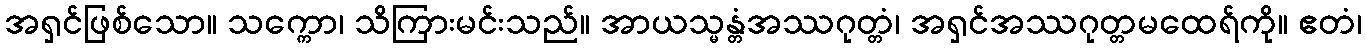
အရှင်ဖြစ်သော။ သက္ကော၊ သိကြားမင်းသည်။ အာယသ္မန္တံအဿဂုတ္တံ၊ အရှင်အဿဂုတ္တမထေရ်ကို။ ဧတံ၊